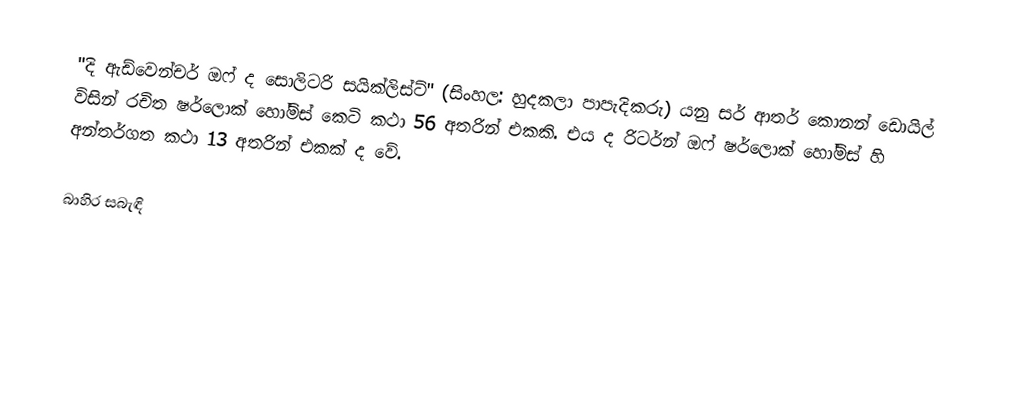
"දි ඇඩ්වෙන්චර් ඔෆ් ද සොලිටරි සයික්ලිස්ට්" (සිංහල: හුදකලා පාපැදිකරු) යනු සර් ආතර් කොනන් ඩොයිල් විසින් රචිත ෂර්ලොක් හෝම්ස් කෙටි කථා 56 අතරින් එකකි. එය ද රිටර්න් ඔෆ් ෂර්ලොක් හෝම්ස් හි අන්තර්ගත කථා 13 අතරින් එකක් ද වේ.

බාහිර සබැඳි